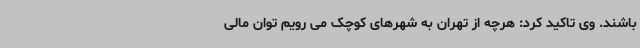
باشند. وی تاکید کرد: هرچه از تهران به شهرهای کوچک می رویم توان مالی